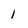
Character: 1